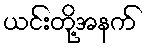
ယင်းတို့အနက်